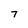
Character: 7